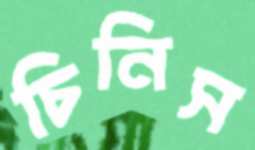
চিনিস